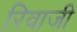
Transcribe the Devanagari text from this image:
रिवाजी